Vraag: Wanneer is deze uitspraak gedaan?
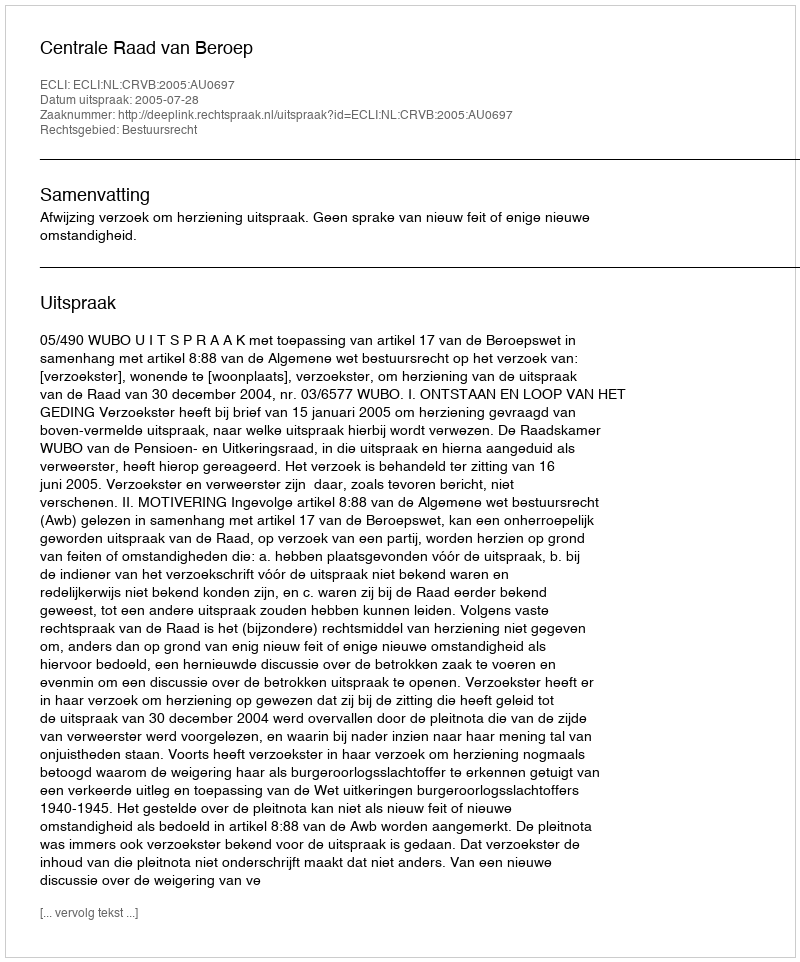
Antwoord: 2005-07-28